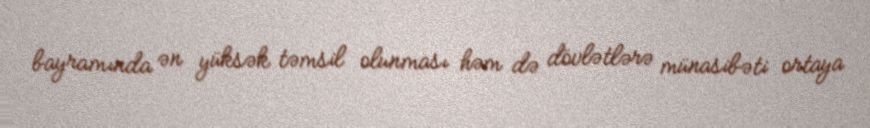
bayramında ən yüksək təmsil olunması həm də dövlətlərə münasibəti ortaya